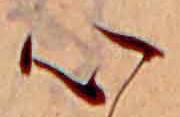
心